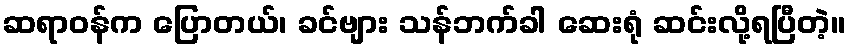
ဆရာဝန်က ပြောတယ်၊ ခင်ဗျား သန်ဘက်ခါ ဆေးရုံ ဆင်းလို့ရပြီတဲ့။